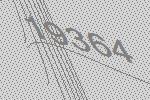
19364